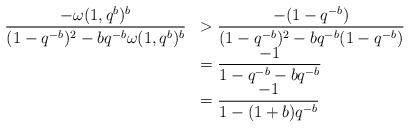
LaTeX: \begin{align*}\begin{array}{rl}\displaystyle\frac{-\omega(1,q^b)^b}{(1-q^{-b})^2-bq^{-b}\omega(1,q^b)^b} & > \displaystyle\frac{-(1-q^{-b})}{(1-q^{-b})^2-bq^{-b}(1-q^{-b})} \\&= \displaystyle\frac{-1}{1-q^{-b} - bq^{-b}}\\&= \displaystyle\frac{-1}{1-(1+b)q^{-b}}\\\end{array}\end{align*}